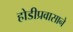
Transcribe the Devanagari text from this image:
होडीप्रवासाने